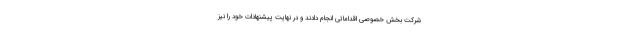
شرکت بخش خصوصی اقداماتی انجام دادند و در نهایت پیشنهادات خود را نیز